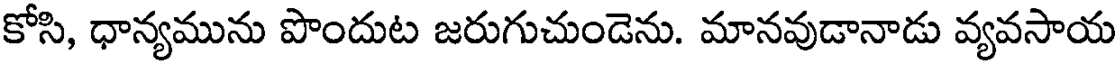
కోసి, ధాన్యమును పొందుట జరుగుచుండెను. మానవుడానాడు వ్యవసాయ